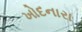
ખોદનારા